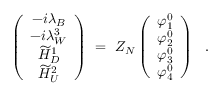
\left( \begin{array} { c } { { - i \lambda _ { B } } } \\ { { - i \lambda _ { W } ^ { 3 } } } \\ { { \widetilde { H } _ { D } ^ { 1 } } } \\ { { \widetilde { H } _ { U } ^ { 2 } } } \end{array} \right) \ = \ Z _ { N } \left( \begin{array} { c } { { \varphi _ { 1 } ^ { 0 } } } \\ { { \varphi _ { 2 } ^ { 0 } } } \\ { { \varphi _ { 3 } ^ { 0 } } } \\ { { \varphi _ { 4 } ^ { 0 } } } \end{array} \right) \ \ .